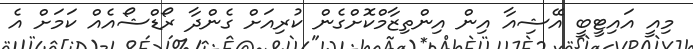
މިއީ އައިޓީބީ އޭޝިއާ އިން އިންތިޒާމްކޮށްގެން ކުރިއަށް ގެންދާ ރޯޑްޝޯއެއް ކަމަށް އެ